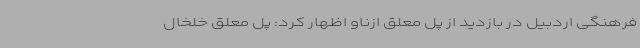
فرهنگی اردبیل در بازدید از پل معلق ازناو اظهار کرد:‌ پل معلق خلخال